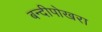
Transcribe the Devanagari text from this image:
बन्दीपोखरा